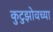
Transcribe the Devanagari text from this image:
कुटुझोवच्या